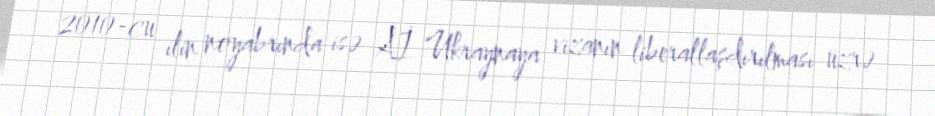
2010-cu ilin noyabrında isə Aİ Ukraynaya vizanın liberallaşdırılması üzrə